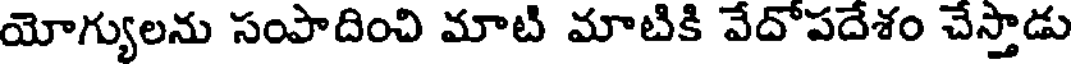
యోగ్యులను సంపాదించి మాటి మాటికి వేదోపదేశం చేస్తాడు